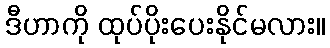
ဒီဟာကို ထုပ်ပိုးပေးနိုင်မလား။